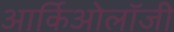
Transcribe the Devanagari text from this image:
आर्किओलॉजी